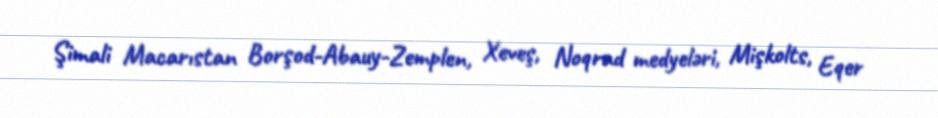
Şimali Macarıstan Borşod-Abauy-Zemplen, Xeveş, Noqrad medyeləri, Mişkolts, Eqer